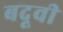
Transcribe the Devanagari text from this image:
बदूवी